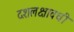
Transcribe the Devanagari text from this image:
दशलक्षावधी